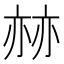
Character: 𠅯